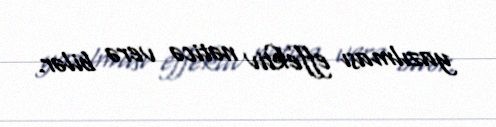
yazılması effektiv nəticə verə bilər.